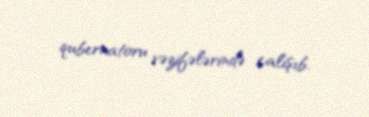
qubernatoru vəzifələrində çalışıb.